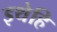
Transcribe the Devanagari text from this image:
इथेहि